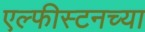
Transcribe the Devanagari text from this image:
एल्फीस्टनच्या